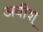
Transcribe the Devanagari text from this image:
अवीश्